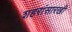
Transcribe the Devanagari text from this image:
शहरांसारखी